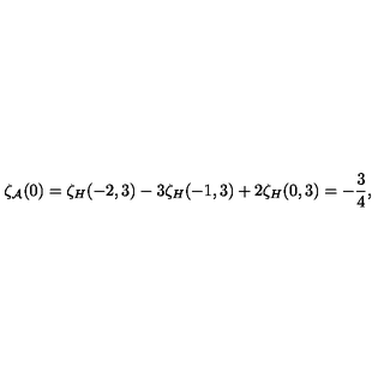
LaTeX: \zeta _ { \cal A } ( 0 ) = \zeta _ { H } ( - 2 , 3 ) - 3 \zeta _ { H } ( - 1 , 3 ) + 2 \zeta _ { H } ( 0 , 3 ) = - { \frac { 3 } { 4 } } ,